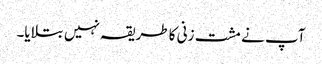
آپ نے مشت زنی کا طریقہ نہیں بتلایا۔